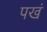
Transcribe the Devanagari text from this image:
पखं